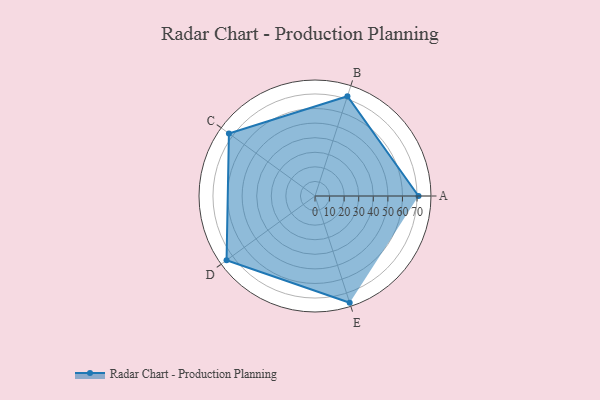
{"axis": {"x": "Skill", "y": "Score"}, "legend": ["Profile"], "data": [{"x": "A", "y": 71.0, "type": "Profile"}, {"x": "B", "y": 72.0, "type": "Profile"}, {"x": "C", "y": 73.0, "type": "Profile"}, {"x": "D", "y": 75.0, "type": "Profile"}, {"x": "E", "y": 77.0, "type": "Profile"}]}